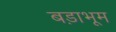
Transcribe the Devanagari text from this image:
बड़ाभूम